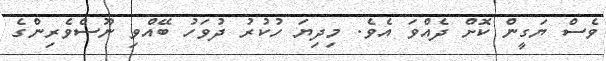
ވެސް ޔަގީން ކޮށް ދެއްވަ އެވެ. މިދިޔަ ހުކުރު ދުވަހު ބޭއްވި ނޫސްވެރިންގެ